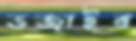
ভজাইব